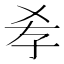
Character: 𡥉